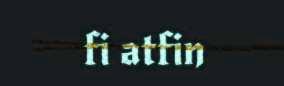
fi atfin